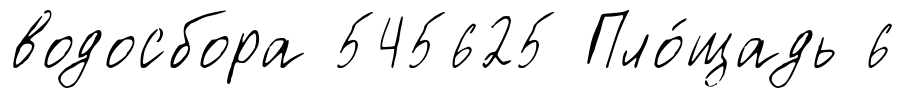
водосбора 545625 Пло́щадь 6